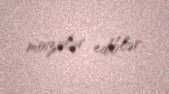
moizələr ediblər.